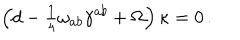
\left( d - { \textstyle \frac { 1 } { 4 } } \omega _ { a b } \gamma ^ { a b } + \Omega \right) \kappa = 0 \, .